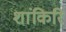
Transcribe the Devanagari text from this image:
शांकिरि